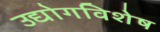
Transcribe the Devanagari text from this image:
उद्योगविशेष